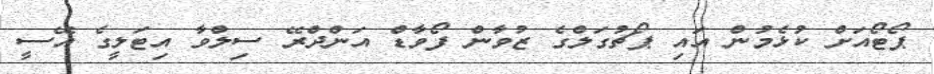
ޕޯޓޯއަށް ކުޅެމުން އައި ޕޯޗުގަލްގެ ޒުވާން ފޯވާޑް އަންދްރޭ ސިލްވާ އިޓަލީގެ އޭސީ